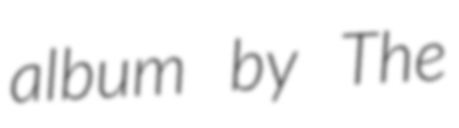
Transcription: album by The